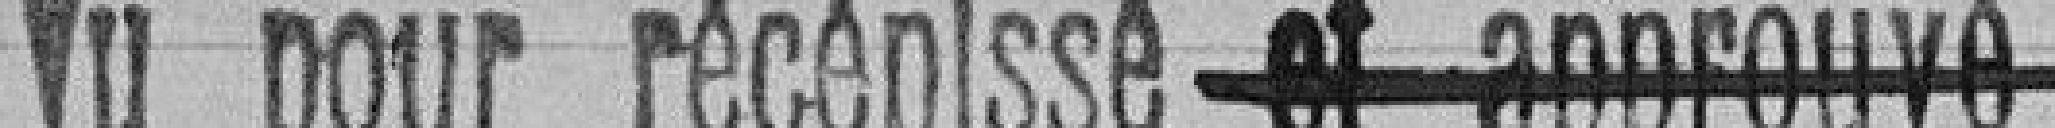
Vu pour récépissé et approuvé